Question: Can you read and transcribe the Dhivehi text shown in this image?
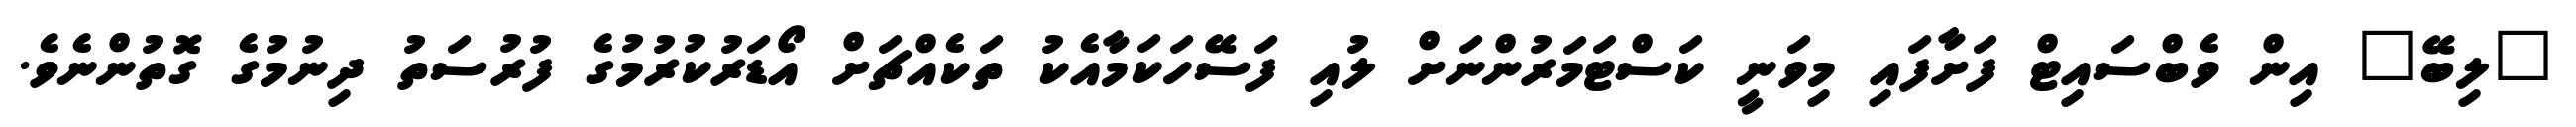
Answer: "ލިބޭ" އިން ވެބްސައިޓް ފަށާފައި މިވަނީ ކަސްޓަމަރުންނަށް ލުއި ފަސޭހަކަމާއެކު ތަކެއްޗަށް އޯޑަރުކުރުމުގެ ފުރުސަތު ދިނުމުގެ ގޮތުންނެވެ.